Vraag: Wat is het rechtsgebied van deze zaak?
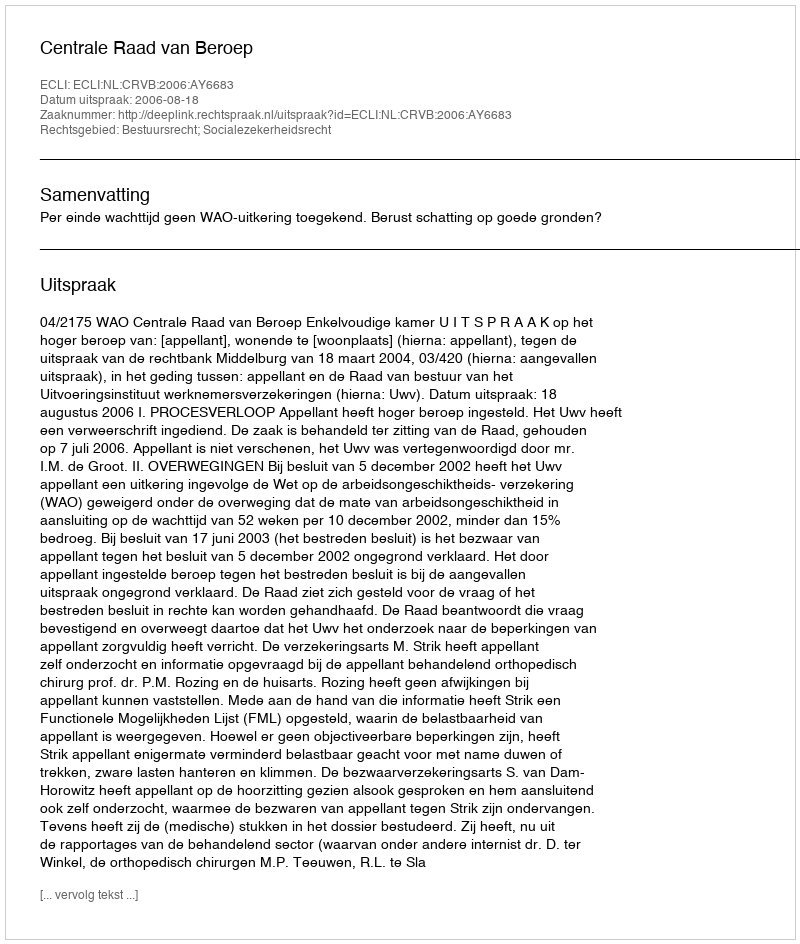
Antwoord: Bestuursrecht; Socialezekerheidsrecht